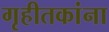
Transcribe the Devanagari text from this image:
गृहीतकांना